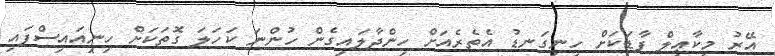
އޭރު މީކާޢިލް ފާޑަކަށް ހިނިގަނޑު އެތެރެއަށް ހިންދާލައިގެން ހުންނަ ކަހަލަ ގޮތަކަށް ހިނިއައިސްފައި